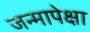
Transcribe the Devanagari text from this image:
जन्मापेक्षा